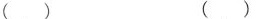
( ) ( )